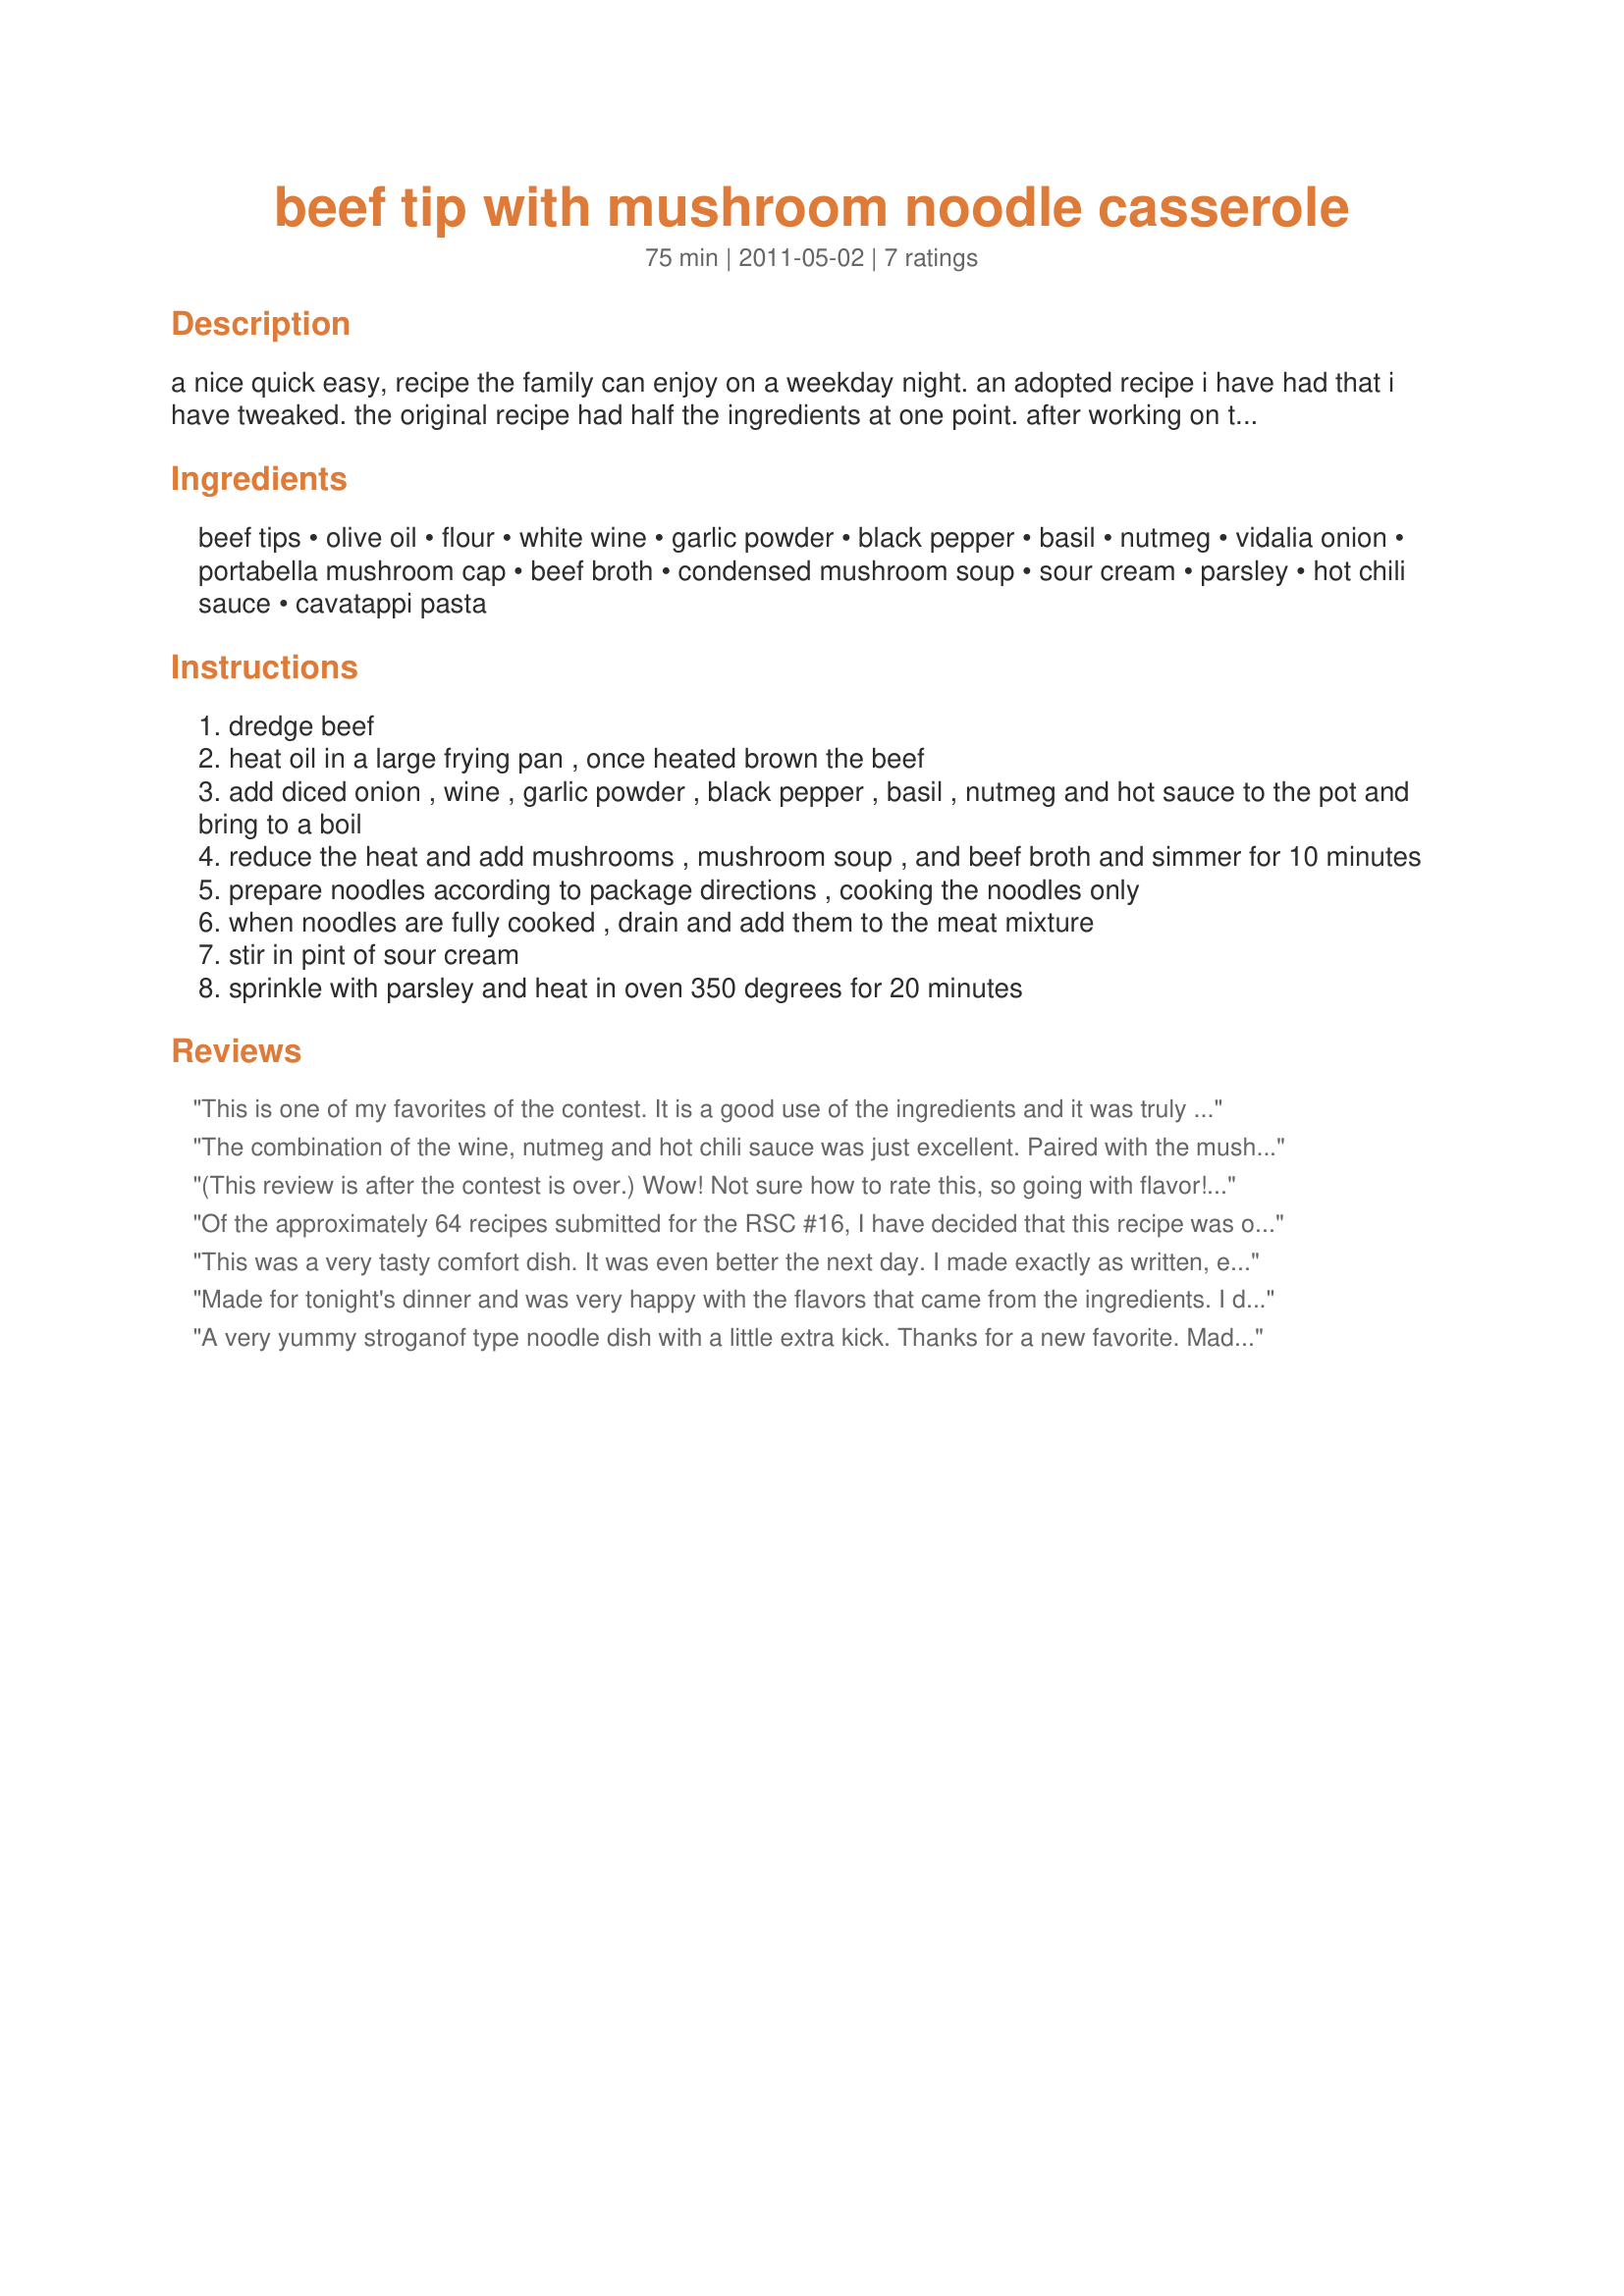
beef tip with mushroom noodle casserole
Preparation time: 75 minutes

a nice quick easy, recipe the family can enjoy on a weekday night. an adopted recipe i have had that i have tweaked. the original recipe had half the ingredients at one point. after working on this the past week i have come up with this savory recipe. zwt16 2nd place finish.

Ingredients:
beef tips, olive oil, flour, white wine, garlic powder, black pepper, basil, nutmeg, vidalia onion, portabella mushroom cap, beef broth, condensed mushroom soup, sour cream, parsley, hot chili sauce, cavatappi pasta

Steps:
dredge beef
heat oil in a large frying pan , once heated brown the beef
add diced onion , wine , garlic powder , black pepper , basil , nutmeg and hot sauce to the pot and bring to a boil
reduce the heat and add mushrooms , mushroom soup , and beef broth and simmer for 10 minutes
prepare noodles according to package directions , cooking the noodles only
when noodles are fully cooked , drain and add them to the meat mixture
stir in pint of sour cream
sprinkle with parsley and heat in oven 350 degrees for 20 minutes

Reviews:
This is one of my favorites of the contest. It is a good use of the ingredients and it was truly delicious. The beef tips turned out so tender and the entire dish was so flavorful. My family very much enjoyed this recipe so it's a keeper.
The combination of the wine, nutmeg and hot chili sauce was just excellent. Paired with the mushrooms and noodles and beef broth, this made for one delicious casserole! This recipe will be made time and again! Thank you for creating this recipe for us and good luck in the contest! Made for RSC #16. Linda
(This review is after the contest is over.) Wow! Not sure how to rate this, so going with flavor! It's a five star! The sriracha sauce is the hit of the dish. I did have a few problems...1) I cut the recipe in half and used a 10 inch fry pan...there was so many ingredients that they all couldn't fit in it...so put them in the pot I cooked the noodles in...2) I had way too much liquid so cooked some of it off...and drained it while putting the mixture in my casserole pan (which was a 2 quart pan. 3)This made so much that even cutting it in half I had enough for 6 servings. End of story is...next time I will cook the meat in one of my stock pots, and decrease the beef broth by half. I did pour my reserved liquid on the remaining casserole (to keep it moist) for our leftovers. Which based on a review is going to be even better. The beef tips were nice and tender. Thanks for creating this wonderful dish. :)
Of the approximately 64 recipes submitted for the RSC #16, I have decided that this recipe was one of my top three picks to try and review. Since I am single and cook for myself, I have halved the recipe, however, it still will serve 4 people nicely. I was surprised that the beef came out soft and tasty and the mushrooms were tasty as well. At first I thought I had to much liquid when adding the ingredients to the pasta, but after baking the sauce coated the pasta nicely. Also, I have to confess that I did not have any fresh parsley (used dry parsley) which might have added to the overall taste to the dish and presentation. But still in all, I am happy to give this recipe a big 5 stars!
This was a very tasty comfort dish. It was even better the next day. I made exactly as written, except that I had to omit the sour cream (I didn't have any). Can't wait to try it again, with the sour cream next time. We really enjoyed the after taste, it had nice heat. It had a great combination of flavors, and the smooth and silky sauce was excellent. It was a nice use of contest ingredients, good luck in the contest.
Made for tonight's dinner and was very happy with the flavors that came from the ingredients. I did leave out the mushrooms as we are not mushroom eaters but did use the mushroom soup as prescribed. DH and I loved this and served with broccoli and smashed fingerling taters for DH instead of the noodles as DH said he did not want any noodles.(before adding then noodles and meat together I took out a portion for home to have separate. I had mine as described with the noodles and LOVED IT! I did cut the hot sauce in half as my tummy is not hot sauce friendly and it was perfect. When you just let the sauce sit on your tongue you got hints of nutmeg with a kick from the hot sauce. Nice combo and one I would not think to do myself... This is easy for weeknight supper or any time. Thank you, RSC 16
A very yummy stroganof type noodle dish with a little extra kick. Thanks for a new favorite. Made for RSC 16.
